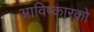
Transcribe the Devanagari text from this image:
आविष्कारको